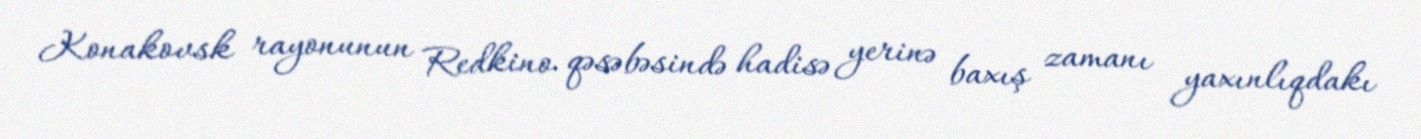
Konakovsk rayonunun Redkino qəsəbəsində hadisə yerinə baxış zamanı yaxınlıqdakı